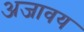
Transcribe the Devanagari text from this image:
अजावय